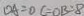
D A = O C = O B : 8